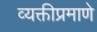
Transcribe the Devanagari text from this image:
व्यक्तीप्रमाणे